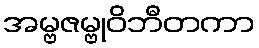
အမ္ဗဇမ္ဗုဝိဘီတကာ